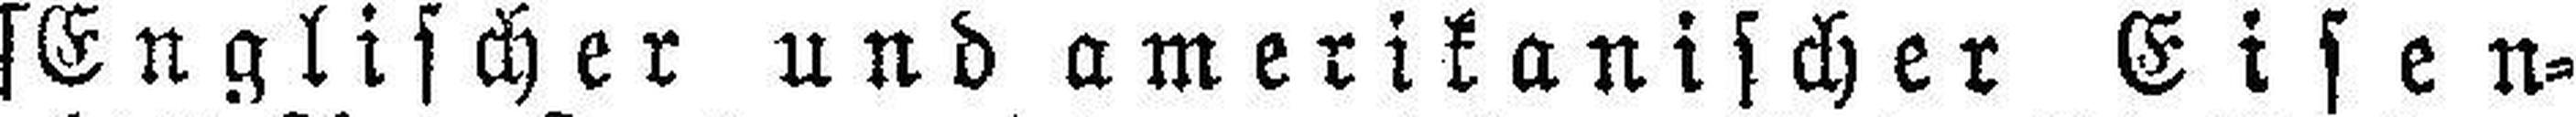
[Englischer und amerikanischer Eisen¬